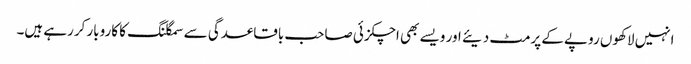
انہیں لاکھوں روپے کے پرمٹ دیئے اور ویسے بھی اچکزئی صاحب باقاعدگی سے سمگلنگ کا کاروبار کررہے ہیں۔